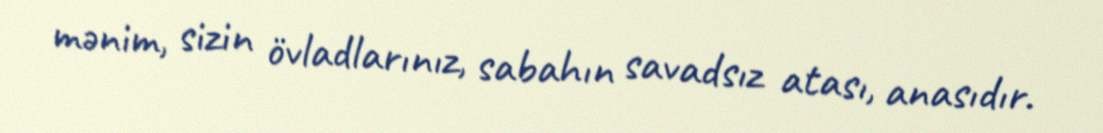
mənim, sizin övladlarınız, sabahın savadsız atası, anasıdır.